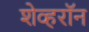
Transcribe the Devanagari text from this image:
शेव्हरॉन